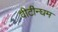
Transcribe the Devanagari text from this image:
वीटीन्घम